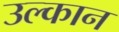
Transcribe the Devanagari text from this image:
उल्कान